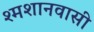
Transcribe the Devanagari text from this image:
श्मशानवासी